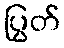
ပြွတ်